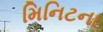
મિનિટના